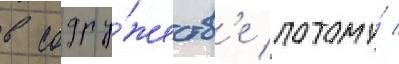
в содру́жеств'е потому́ /